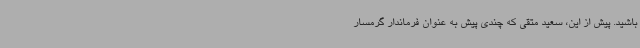
باشید. پیش از این، سعید متقی که چندی پیش به عنوان فرماندار گرمسار